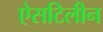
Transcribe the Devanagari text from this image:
ऐसटिलीन